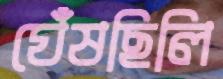
ঘেঁষছিলি